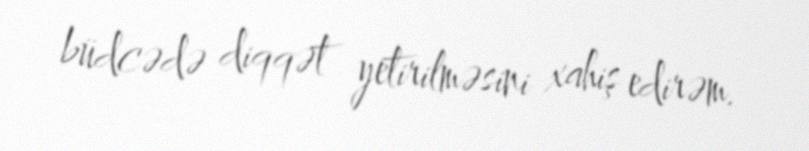
büdcədə diqqət yetirilməsini xahiş edirəm.